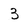
Character: 3